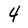
Character: 4